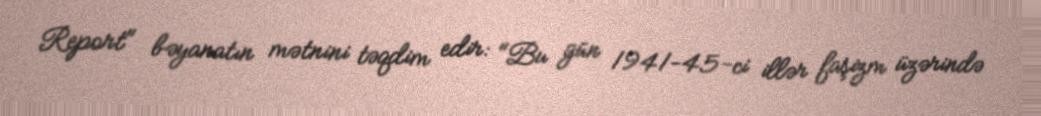
Report" bəyanatın mətnini təqdim edir: "Bu gün 1941-45-ci illər faşizm üzərində